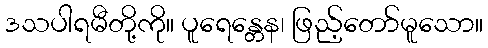
ဒသပါရမီတို့ကို။ ပူရေန္တေန၊ ဖြည့်တော်မူသော။